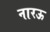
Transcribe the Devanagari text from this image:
नारऊ